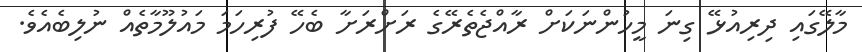
މާލޭގައި ދިރިއުޅޭ ގިނަ މީހުންނަކަށް ރާއްޖެތެރޭގެ ރަށްރަށާ ބެހޭ ފުރިހަމަ މައުލޫމާތެއް ނުލިބެއެވެ.